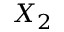
X _ { 2 }